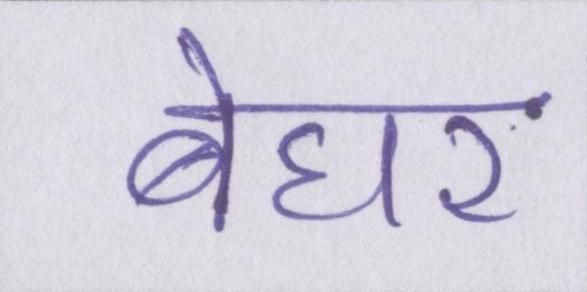
बेघर